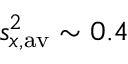
s _ { x , \mathrm { a v } } ^ { 2 } \sim 0 . 4